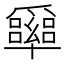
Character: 𠧏